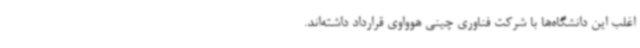
اغلب این دانشگاه‌ها با شرکت فناوری چینی هوواوی قرارداد داشته‌اند.